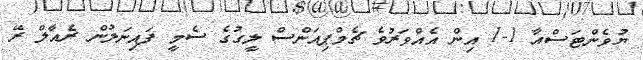
ޔުވެންޓަސްއާ 1-1 އިން އެއްވަރުވެ ޗެމްޕިއަންސް ލީގުގެ ސެމީ ފައިނަލުން ރެއާލް ރޭ